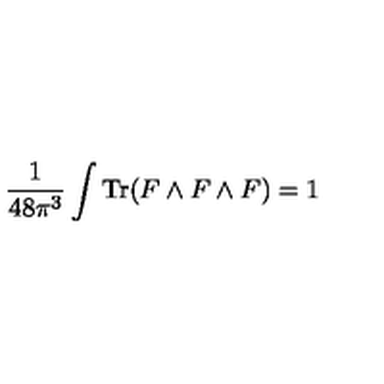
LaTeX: \frac { 1 } { 4 8 \pi ^ { 3 } } \int \mathrm { T r } ( F \wedge F \wedge F ) = 1